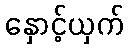
နှောင့်ယှက်